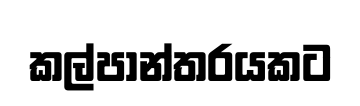
කල්පාන්තරයකට